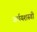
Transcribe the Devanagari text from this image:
अर्धयशस्वी